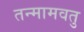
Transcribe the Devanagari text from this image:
तन्मामवतु